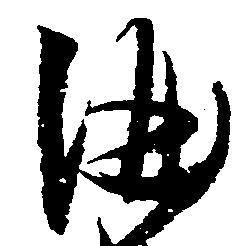
酒